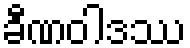
ခီဏဝါဒဿ